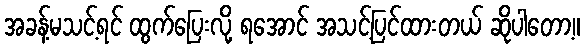
အခန့်မသင့်ရင် ထွက်ပြေးလို့ ရအောင် အသင့်ပြင်ထားတယ် ဆိုပါတော့။